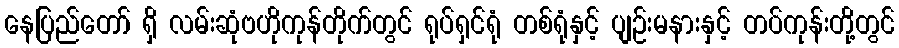
နေပြည်တော် ရှိ လမ်းဆုံဗဟိုကုန်တိုက်တွင် ရုပ်ရှင်ရုံ တစ်ရုံနှင့် ပျဉ်းမနားနှင့် တပ်ကုန်းတို့တွင်